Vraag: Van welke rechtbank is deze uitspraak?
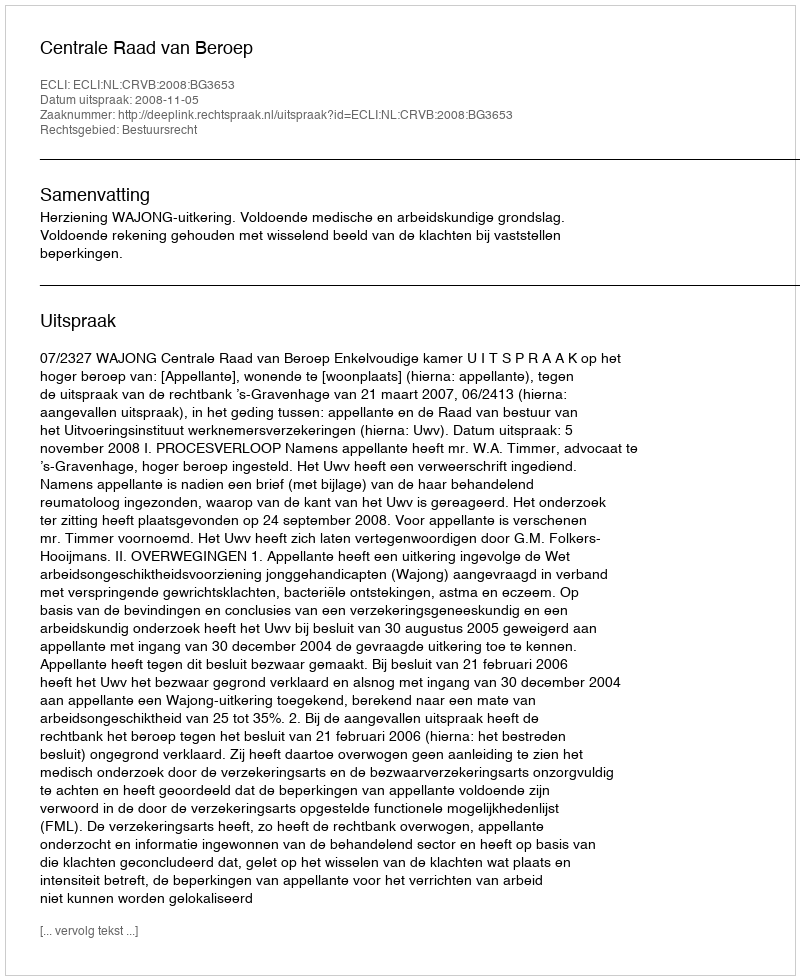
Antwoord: Centrale Raad van Beroep